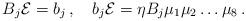
LaTeX: \begin{align*}B_j {\cal E} = b_j \, , \quad b_j {\cal E} = \eta B_j \mu_1\mu_2 \dots \mu_8 \, . \end{align*}